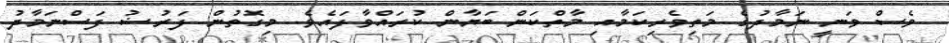
ވެސް ވަނީ ނަމާދުގެ މަތިވެރިކަމާއި މާތްކަން ބަޔާން ކުރައްވާފައެވެ. މިގޮތުން ފަރުޟު ފަސްނަމާދު